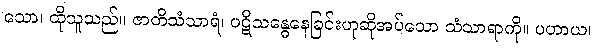
သော၊ ထိုသူသည်။ ဇာတိသံသာရံ၊ ပဋိသန္ဓေနေခြင်းဟုဆိုအပ်သော သံသာရာကို။ ပဟာယ၊